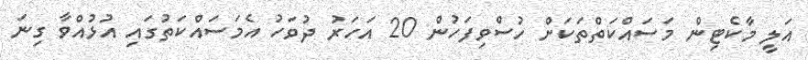
އަލީ މާކެޓިން މަސައްކަތްތަކަށް ހުސްވިފަހުން 20 އަހަރު ދުވަހު އެމަސައްކަތުގައި އުޅުއްވާ ގިނަ